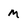
Character: M